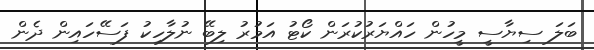
ބަލަ ސިޔާސީ މީހުން ހައްޔަރުކުރަން ކޯޓު އަމުރު ލިބޭ ނުލާހިކު ފަސޭހައިން ދެން